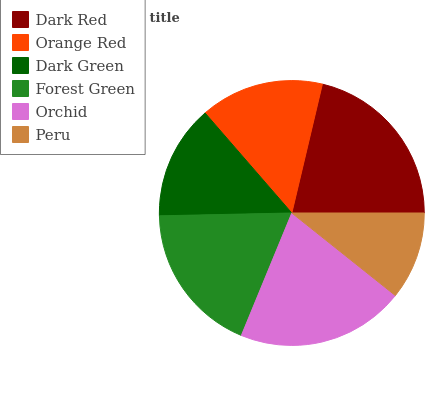
| Dark Red | Orange Red | Dark Green | Forest Green | Orchid | Peru |
 | --- | --- | --- | --- | --- | --- |
 | 21.3% | 15.1% | 14% | 18.4% | 20.5% | 10.7% |